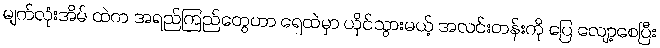
မျက်လုံးအိမ် ထဲက အရည်ကြည်တွေဟာ ရေထဲမှာ ယိုင်သွားမယ့် အလင်းတန်းကို ပြေ လျော့စေပြီး